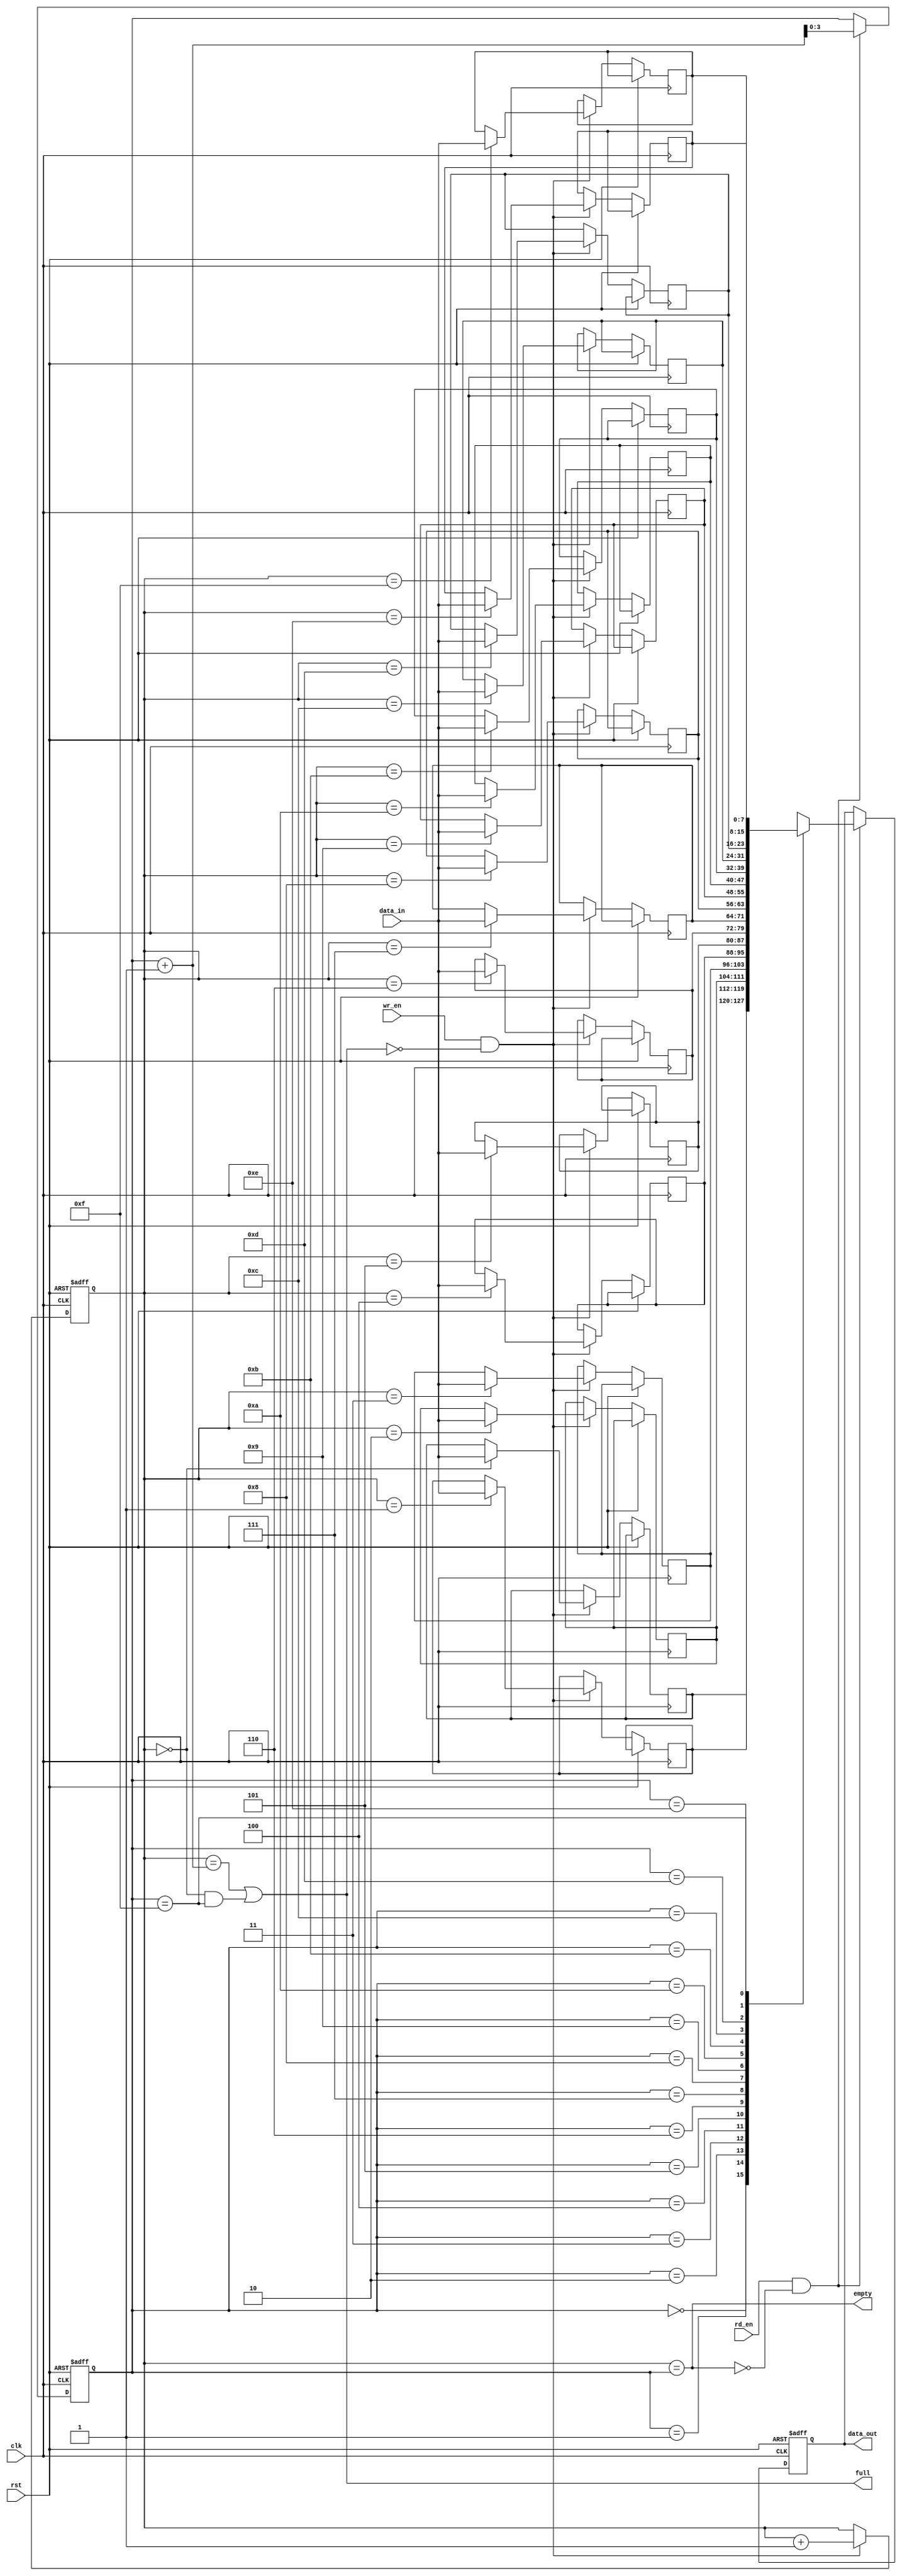
module bidirectional_fifo (
    input wire clk,
    input wire rst,
    input wire wr_en,
    input wire rd_en,
    input wire [7:0] data_in,
    output reg [7:0] data_out,
    output wire empty,
    output wire full
);

reg [7:0] memory [15:0];
reg [3:0] wr_ptr;
reg [3:0] rd_ptr;

assign empty = (wr_ptr == rd_ptr);
assign full = ((wr_ptr == rd_ptr + 1) || (wr_ptr == 0 && rd_ptr == 15));

always @(posedge clk or posedge rst) begin
    if (rst) begin
        wr_ptr <= 0;
        rd_ptr <= 0;
        data_out <= 8'd0;
    end
    else begin
        if (wr_en && !full) begin
            memory[wr_ptr] <= data_in;
            wr_ptr <= wr_ptr + 1;
        end
        
        if (rd_en && !empty) begin
            data_out <= memory[rd_ptr];
            rd_ptr <= rd_ptr + 1;
        end
    end
end

endmodule